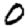
Digit: 0